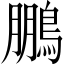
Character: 鵬